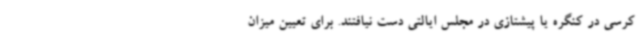
کرسی در کنگره یا پیشتازی در مجلس ایالتی دست نیافتند. برای تعیین میزان